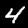
Digit: 4